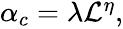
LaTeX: \begin{array}{r}{\alpha_{c}=\lambda\mathcal{L}^{\eta},}\end{array}